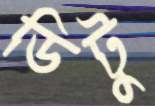
ডিটু